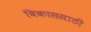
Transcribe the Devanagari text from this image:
विकाससाठी